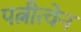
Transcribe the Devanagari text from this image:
पत्नीत्वेन